system: You are a helpful assistant.
user:
Analyze the provided spectrum to determine if it is a **White Dwarf (WD)**.

A White Dwarf spectrum is defined by its **extreme purity** (due to gravitational settling) and/or **extreme pressure broadening** (due to high surface gravity). You must check for one of the following mutually exclusive signatures:

- **Key Visual Indicators (Check for ONE of these types):**

    - **1. DA-Type Signature (Most Common):**
        - **(Primary Feature):** Extreme pressure broadening (Stark broadening) of the **Hydrogen (H) Balmer lines**.
        - **(Key Lines):** $H\beta$ (approx. $4861$ Å) and $H\gamma$ (approx. $4340$ Å). $H\alpha$ (approx. $6563$ Å) will also be present if the wavelength range covers it.
        - **(Line Profile):** This is the **defining feature**. The lines are **NOT** sharp. They appear as massive, **extremely broad and deep "troughs" or "dips"** in the spectrum, often hundreds of Ångströms wide. The continuum will appear to "scoop" down at these wavelengths.
        - **(Distinction):** Normal A-type or B-type stars have *narrow* and *sharp* Hydrogen lines. A DA White Dwarf's lines are unmistakably "smeared" or "blurry" from pressure.

    - **2. DB-Type Signature:**
        - **(Primary Feature):** Broad absorption lines from **Neutral Helium (He I)**. The spectrum must lack any visible Hydrogen lines.
        - **(Key Lines):** Look for broad absorption near $4471$ Å, $4921$ Å, and $5876$ Å.
        - **(Line Profile):** These lines are also significantly pressure-broadened, appearing much wider than they would in a normal B-type main-sequence star.

    - **3. DC-Type Signature:**
        - **(Primary Feature):** A **featureless continuous spectrum**.
        - **(Line Profile):** The spectrum is a smooth curve with **no significant absorption or emission lines**.
        - **(Key Confirmation):** The continuum is almost always **blue or white**, indicating a hot object. This signature implies the atmosphere is so pure (or so cool) that no spectral lines are visible in the optical range. Its WD identity is confirmed by its extremely low intrinsic brightness (high absolute magnitude).

    - **4. DZ-Type Signature (Metal-Polluted):**
        - **(Primary Feature):** **Isolated, narrow metal absorption lines** on an otherwise featureless (DC-like) continuum.
        - **(Key Lines):** The **Calcium (Ca II) H & K doublet** (approx. **$3934$ Å** and **$3968$ Å**) is the most common and defining feature.
        - **(Line Profile):** These lines are "out of place." They are *not* part of a "forest" of thousands of lines. This signature is evidence of recent *accretion* (pollution) from rocky debris.
        - **(Distinction):** Normal G/K/M stars have a *dense forest* of thousands of metal lines. A DZ has a *clean* continuum with *only a few* strong metal lines.

    - **5. DQ-Type Signature (Carbon-Polluted):**
        - **(Primary Feature):** Absorption bands from **Carbon (C₂ "Swan Bands" or atomic C I)**.
        - **(Key Lines - C₂):** Look for bandheads with a "saw-tooth" shape near $5635$ Å, **$5165$ Å** (strongest), and $4737$ Å.
        - **(Key Confirmation):** The underlying **continuum must be blue or white** (hot).
        - **(Distinction):** This is the critical difference from a **Carbon Star**, which has the *exact same* C₂ bands but on an extremely **red, cool** continuum.

- **(Overall Spectrum):**
    - The continuum (overall shape) is typically **blue-sloping** (brighter in the blue than the red), as most white dwarfs are very hot.
    - The spectrum will look "pure" or "simple," dominated by only *one* of the five signatures listed above.

Think first, call **spectral_visualization_tool** if needed to examine features in detail, then provide your final answer. Your response must adhere to the following strict rules:
1.  **Overall Structure:** Your response must follow the format `<think>...</think> <tool_call>...</tool_call> (if a tool is used) <answer>...</answer>`.
2.  **Tool Usage Constraint:** You may only make **one** tool call per turn.
3.  **Final Answer Format:** In the `<answer>` tag, your conclusion must be inside a `\boxed{}` command (e.g., `\boxed{YES}` or `\boxed{NO}`), followed by your justification.

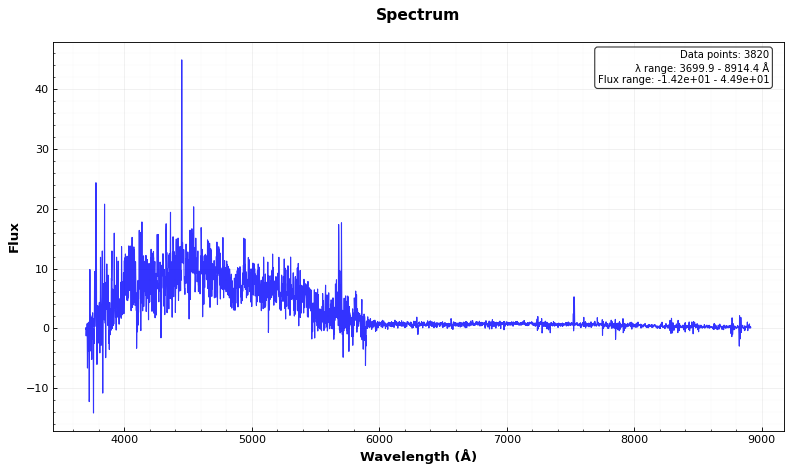
Answer: YES